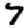
Digit: 7